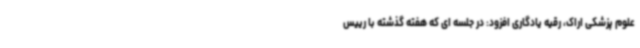
علوم پزشکی اراک، رقیه یادگاری افزود: در جلسه ای که هفته گذشته با رییس